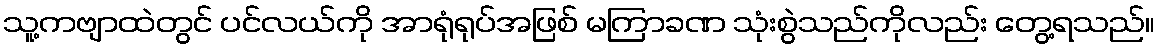
သူ့ကဗျာထဲတွင် ပင်လယ်ကို အာရုံရုပ်အဖြစ် မကြာခဏ သုံးစွဲသည်ကိုလည်း တွေ့ရသည်။